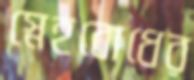
স্নেহবোধের